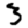
Digit: 3